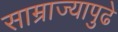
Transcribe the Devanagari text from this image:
साम्राज्यापुढे